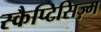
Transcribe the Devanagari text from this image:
स्कैप्टिसिज़्म